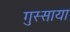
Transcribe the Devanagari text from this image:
गुस्साया